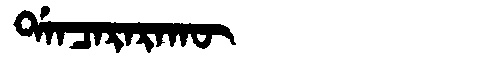
Manchu: ᡩᠠᠨᠴᠠᡵᠠᡵᠠᡴᡡ
Romanization: DANCARARAKŪ